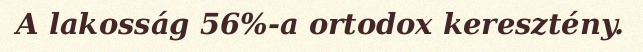
A lakosság 56%-a ortodox keresztény.